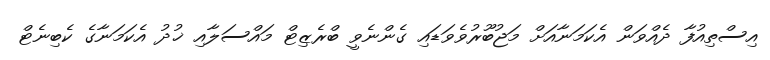
އިސްތިއުފާ ދެއްވަން އެކަމަނާއަށް މަޖުބޫރުވެވަޑައި ގެންނެވީ ބްރެޒިޓް މައްސަލާއި ޚުދު އެކަމަނާގެ ކެބިނެޓް